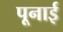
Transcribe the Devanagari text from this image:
पूनाई